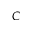
C